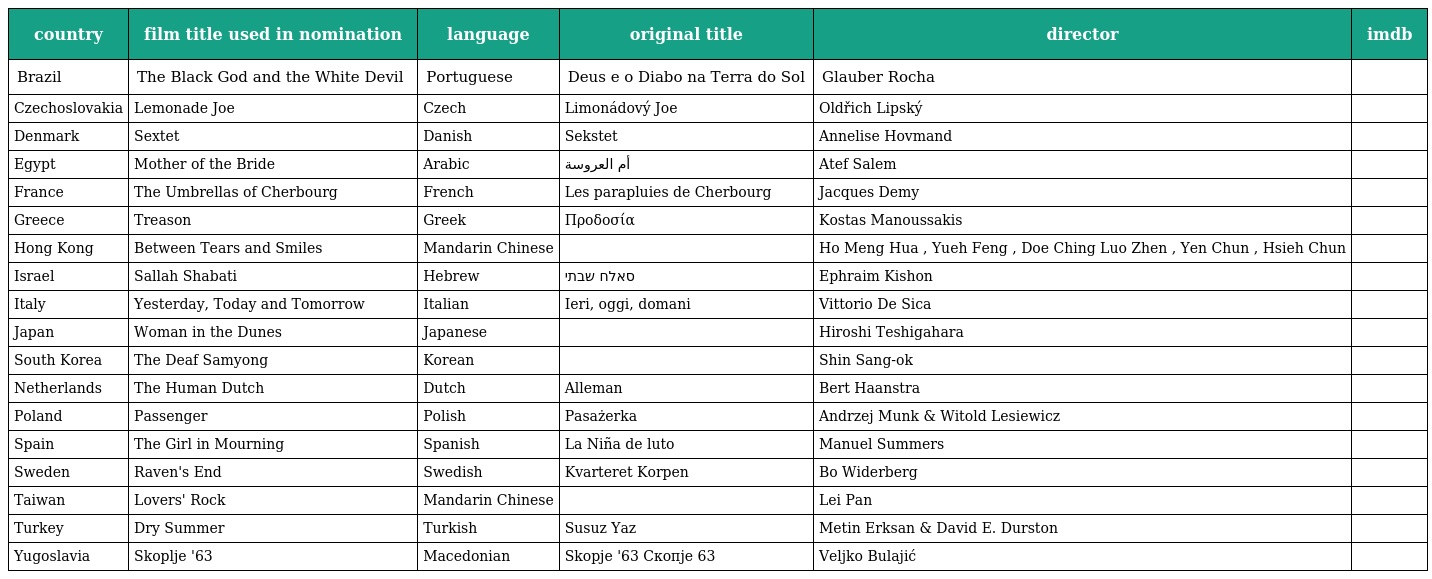
| country | film title used in nomination | language | original title | director | imdb |
 | --- | --- | --- | --- | --- | --- |
 | Brazil | The Black God and the White Devil | Portuguese | Deus e o Diabo na Terra do Sol | Glauber Rocha |  |
 | Czechoslovakia | Lemonade Joe | Czech | Limonádový Joe | Oldřich Lipský |  |
 | Denmark | Sextet | Danish | Sekstet | Annelise Hovmand |  |
 | Egypt | Mother of the Bride | Arabic | أم العروسة | Atef Salem |  |
 | France | The Umbrellas of Cherbourg | French | Les parapluies de Cherbourg | Jacques Demy |  |
 | Greece | Treason | Greek | Προδοσία | Kostas Manoussakis |  |
 | Hong Kong | Between Tears and Smiles | Mandarin Chinese | 新啼笑姻缘 | Ho Meng Hua , Yueh Feng , Doe Ching Luo Zhen , Yen Chun , Hsieh Chun |  |
 | Israel | Sallah Shabati | Hebrew | סאלח שבתי | Ephraim Kishon |  |
 | Italy | Yesterday, Today and Tomorrow | Italian | Ieri, oggi, domani | Vittorio De Sica |  |
 | Japan | Woman in the Dunes | Japanese | 砂の女 | Hiroshi Teshigahara |  |
 | South Korea | The Deaf Samyong | Korean | 벙어리 삼용 | Shin Sang-ok |  |
 | Netherlands | The Human Dutch | Dutch | Alleman | Bert Haanstra |  |
 | Poland | Passenger | Polish | Pasażerka | Andrzej Munk & Witold Lesiewicz |  |
 | Spain | The Girl in Mourning | Spanish | La Niña de luto | Manuel Summers |  |
 | Sweden | Raven's End | Swedish | Kvarteret Korpen | Bo Widerberg |  |
 | Taiwan | Lovers' Rock | Mandarin Chinese | 情人石 | Lei Pan |  |
 | Turkey | Dry Summer | Turkish | Susuz Yaz | Metin Erksan & David E. Durston |  |
 | Yugoslavia | Skoplje '63 | Macedonian | Skopje '63 Скопје 63 | Veljko Bulajić |  |